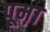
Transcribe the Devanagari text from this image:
पूम़ा